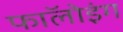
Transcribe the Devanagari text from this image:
फाॅलोइंग